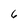
Character: 6